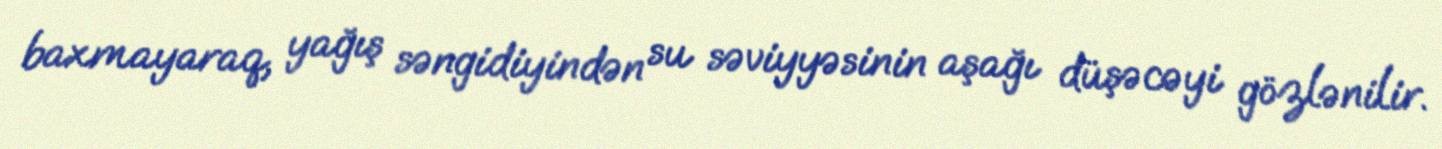
baxmayaraq, yağış səngidiyindən su səviyyəsinin aşağı düşəcəyi gözlənilir.